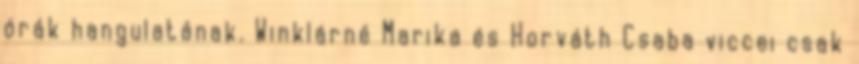
órák hangulatának. Winklárné Marika és Horváth Csaba viccei csak